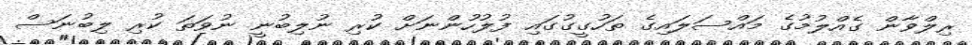
ރިލްވާން ގެއްލުމުގެ މައްސަލައިގެ ތަހުގީގުގައި ފުލުހުންނަށް ކުރި ނުލިބުނީ ނުވަތަ ކުރި ލިބުނަސް